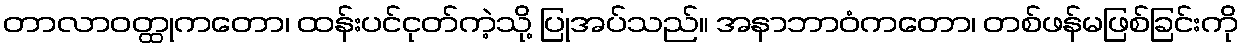
တာလာဝတ္ထုကတော၊ ထန်းပင်ငုတ်ကဲ့သို့ ပြုအပ်သည်။ အနာဘာဝံကတော၊ တစ်ဖန်မဖြစ်ခြင်းကို